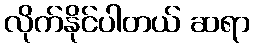
လိုက်နိုင်ပါတယ် ဆရာ